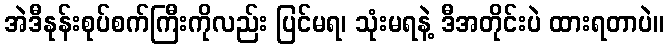
အဲဒီနုန်းစုပ်စက်ကြီးကိုလည်း ပြင်မရ၊ သုံးမရနဲ့ ဒီအတိုင်းပဲ ထားရတာပဲ။